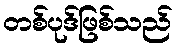
တစ်ပုဒ်ဖြစ်သည်